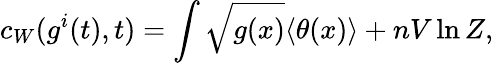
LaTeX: c_{W}(g^{i}(t),t)=\int\sqrt{g(x)}\langle\theta(x)\rangle+nV\ln Z,